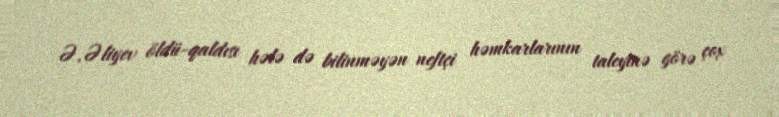
Ə.Əliyev öldü-qaldısı hələ də bilinməyən neftçi həmkarlarının taleyinə görə çox